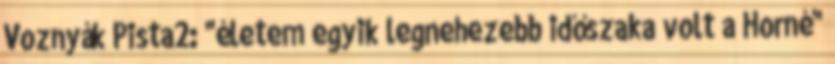
Voznyák Pista2: "életem egyik legnehezebb időszaka volt a Horné"